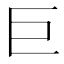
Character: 巨